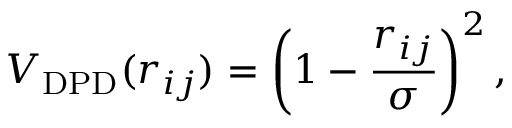
V _ { \mathrm { D P D } } ( r _ { i j } ) = \left( 1 - \frac { r _ { i j } } { \sigma } \right) ^ { 2 } ,